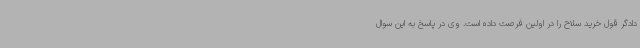
دادگر قول خرید سلاح را در اولین فرصت داده است. وی در پاسخ به این سوال